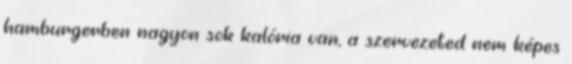
hamburgerben nagyon sok kalória van, a szervezeted nem képes